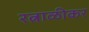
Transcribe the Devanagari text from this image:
रत्नाळीकर